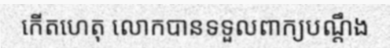
កើតហេតុ លោកបានទទួលពាក្យបណ្តឹង